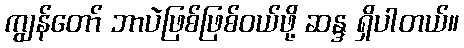
ကျွန်တော် ဘာပဲဖြစ်ဖြစ်ဝယ်ဖို့ ဆန္ဒ ရှိပါတယ်။